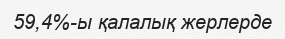
59,4%-ы қалалық жерлерде